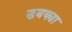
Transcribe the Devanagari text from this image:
डबक्या